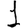
Digit: 1